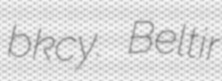
bkcy. Beltir